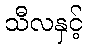
သီလနှင့်